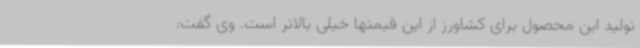
تولید این محصول برای کشاورز از این قیمتها خیلی بالاتر است. وی گفت: